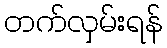
တက်လှမ်းရန်